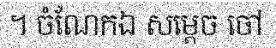
។ ចំណែកឯ សម្តេច ចៅ